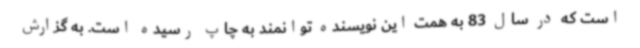
است که در سال 83 به همت این نویسنده توانمند به چاپ رسیده است. به گزارش